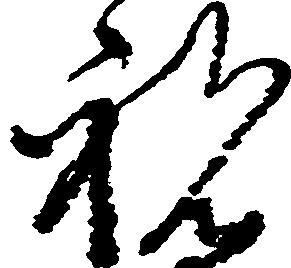
祝